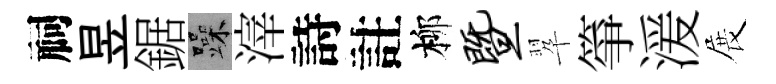
祠昱鋸躁滓詩註柳暨翆箏湲展